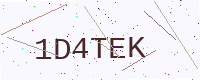
Text: 1D4TEK